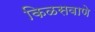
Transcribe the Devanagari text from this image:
किळसवाणे